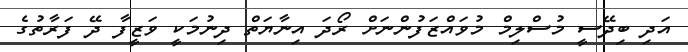
އަދި ބިދޭސީ މުސްލިމް މުވައްޒަފުންނަށް ރޯދަ އިނާޔަތް ދިނުމަކީ ވަޒީފާ ދޭ ފަރާތުގެ